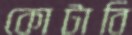
কোটাবি